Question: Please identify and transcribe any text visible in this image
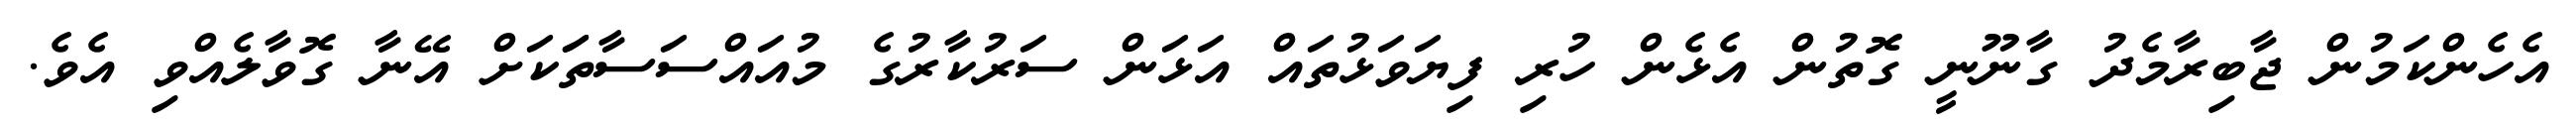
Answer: އެހެންކަމުން ޖާބިރާމެދު ގާނޫނީ ގޮތުން އެޅެން ހުރި ފިޔަވަޅުތައް އަޅަން ސަރުކާރުގެ މުއައްސަސާތަަކަށް އޭނާ ގޮވާލެއްވި އެވެ.